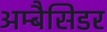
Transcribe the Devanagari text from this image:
अम्बैसिडर